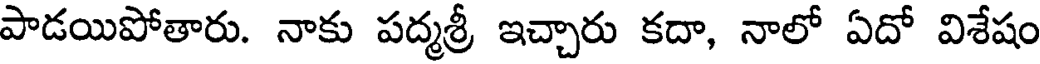
పాడయిపోతారు. నాకు పద్మశ్రీ ఇచ్చారు కదా, నాలో ఏదో విశేషం